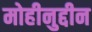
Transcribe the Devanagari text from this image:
मोहीनुद्दीन